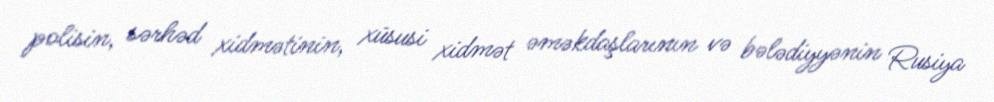
polisin, sərhəd xidmətinin, xüsusi xidmət əməkdaşlarının və bələdiyyənin Rusiya